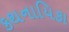
કથનાયિકા